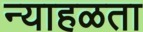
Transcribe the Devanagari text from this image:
न्याहळता